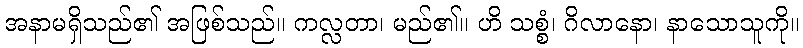
အနာမရှိသည်၏ အဖြစ်သည်။ ကလ္လတာ၊ မည်၏။ ဟိ သစ္စံ၊ ဂိလာနော၊ နာသောသူကို။